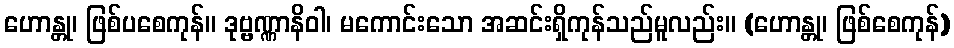
ဟောန္တု၊ ဖြစ်ပစေကုန်။ ဒုဗ္ဗဏ္ဏာနိဝါ၊ မကောင်းသော အဆင်းရှိကုန်သည်မူလည်း။ (ဟောန္တု၊ ဖြစ်စေကုန်)